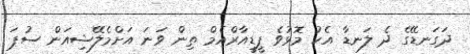
ދަގަނޑޭގެ ދެ ލަނޑާ އެކު މޮޅުވެ ޕީޑީއާރްއެމް ތިން ވަނަ އަށްމެލޭޝިއަން ސުޕަ